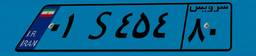
۸۹S۳۶۴۲۳